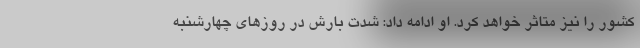
کشور را نیز متاثر خواهد کرد. او ادامه داد: شدت بارش در روزهای چهارشنبه